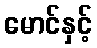
မောင်နှင့်